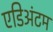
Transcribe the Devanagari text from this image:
एडिअंटम